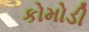
કોમોડી